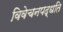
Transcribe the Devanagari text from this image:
विवेचनपद्धति